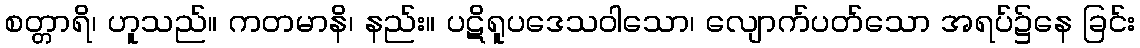
စတ္တာရိ၊ ဟူသည်။ ကတမာနိ၊ နည်း။ ပဋိရူပဒေသဝါသော၊ လျောက်ပတ်သော အရပ်၌နေ ခြင်း